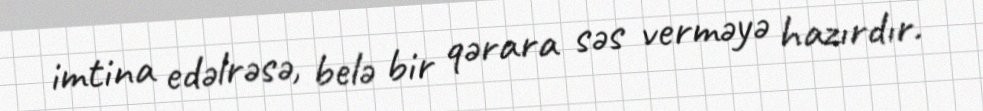
imtina edəlrəsə, belə bir qərara səs verməyə hazırdır.